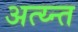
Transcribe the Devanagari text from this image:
अत्य्न्त